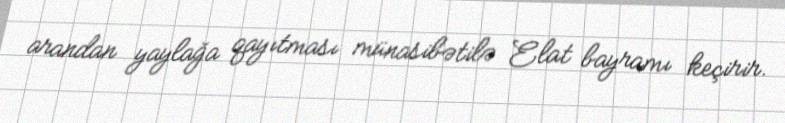
arandan yaylağa qayıtması münasibətilə Elat bayramı keçirir.